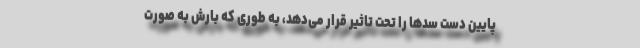
پایین دست سدها را تحت تاثیر قرار می‌دهد، به طوری که بارش به صورت